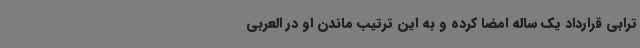
ترابی قرارداد یک ساله امضا کرده و به این ترتیب ماندن او در العربی